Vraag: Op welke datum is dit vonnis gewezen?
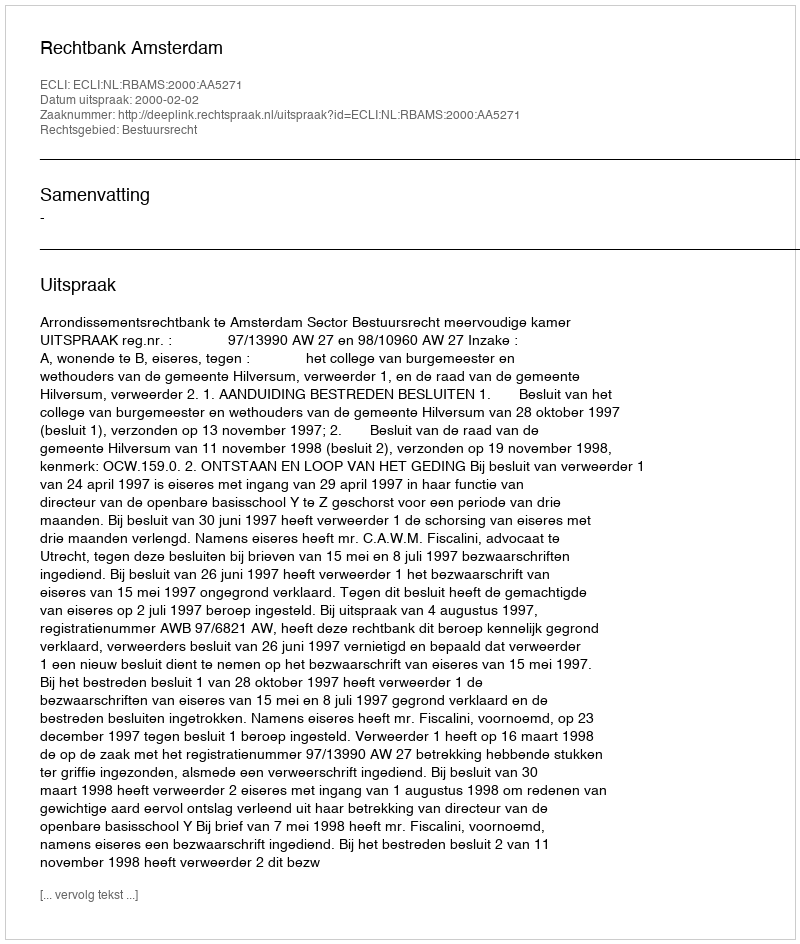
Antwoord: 2000-02-02